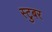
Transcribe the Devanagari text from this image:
स्टुबर